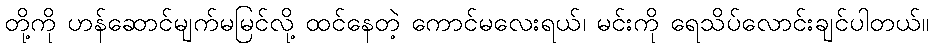
တို့ကို ဟန်ဆောင်မျက်မမြင်လို့ ထင်နေတဲ့ ကောင်မလေးရယ်၊ မင်းကို ရေသိပ်လောင်းချင်ပါတယ်။